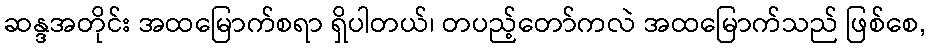
ဆန္ဒအတိုင်း အထမြောက်စရာ ရှိပါတယ်၊ တပည့်တော်ကလဲ အထမြောက်သည် ဖြစ်စေ,